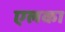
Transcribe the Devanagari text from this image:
एलका